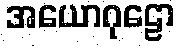
အယောဂုဠော